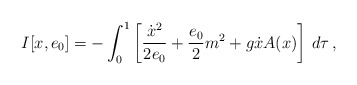
\begin{align*}I[x,e_{0}]=-\int_{0}^{1}\left[\frac{\dot{x}^{2}}{2e_{0}}+\frac{e_{0}}{2}m^{2}+g\dot{x}A(x)\right]\, d\tau\,,\end{align*}